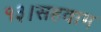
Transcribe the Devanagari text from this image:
१३।सहवाग